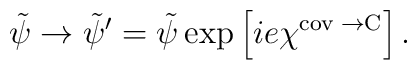
\tilde{\psi} \rightarrow \tilde{\psi}^\prime =\tilde{\psi}\exp\left[ie\chi^{\mbox{\rm\scriptsize cov $\rightarrow$C}}\right].